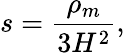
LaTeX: s=\frac{\rho_{m}}{3H^{2}},